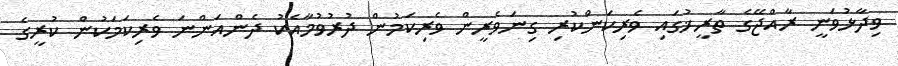
ވިދާޅުވަނީ ރާއްޖޭގެ ތާރީޚުގައި ވެރިކަންކުރި ގިނަވެރީން ވެރިކަމުން ދުރުވުމާއެކު ދެންއަންނަ ވެރިކަމަކުން ކުރީގެ